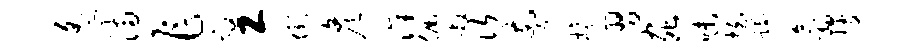
遥满乍效工街彦洙倔敞次剪榱习虫味拍躅翕搜